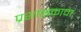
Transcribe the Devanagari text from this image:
प्रशासकाचा